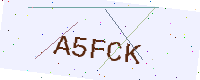
Text: A5FCK